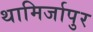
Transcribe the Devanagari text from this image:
थामिर्जापुर